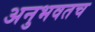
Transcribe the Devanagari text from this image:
अनुभवतच